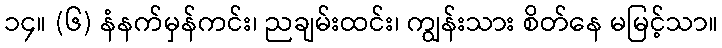
၁၄။ (၆) နံနက်မှန်ကင်း၊ ညချမ်းထင်း၊ ကျွန်းသား စိတ်နေ မမြင့်သာ။